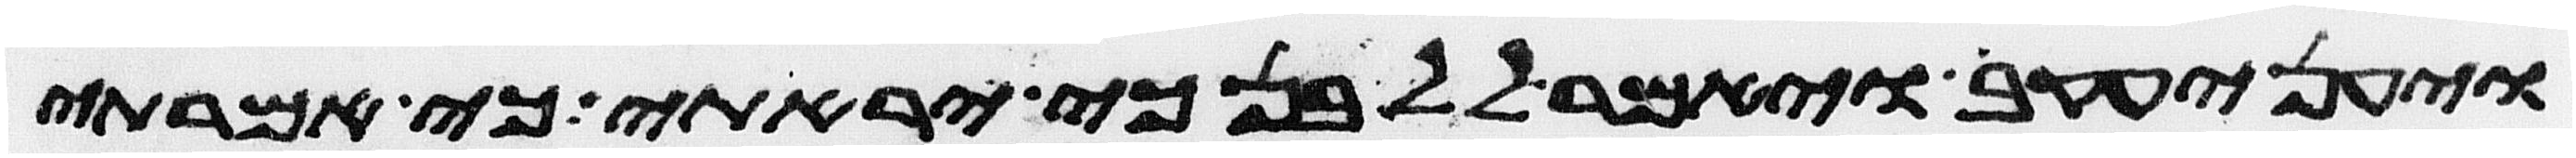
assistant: ויען יעקב ויאמר ללבן כי יראתי כי אמרתי